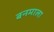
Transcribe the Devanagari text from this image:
बनमाला